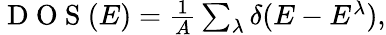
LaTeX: \begin{array}{r}{\mathrm{~D~O~S~}(E)=\frac{1}{A}\sum_{\lambda}\delta(E-E^{\lambda}),}\end{array}